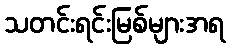
သတင်းရင်းမြစ်များအရ